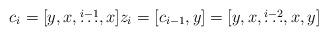
LaTeX: \begin{align*} c_i = [y,x,\overset{i-1}{\ldots},x] z_i = [c_{i-1},y] = [y,x,\overset{i-2}{\ldots},x,y] \end{align*}